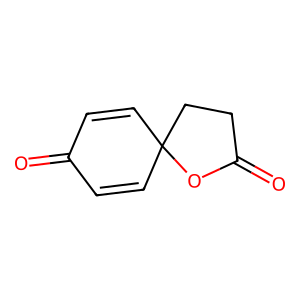
SMILES: O=C1C=CC2(C=C1)CCC(=O)O2
Inhibits HIV replication: No